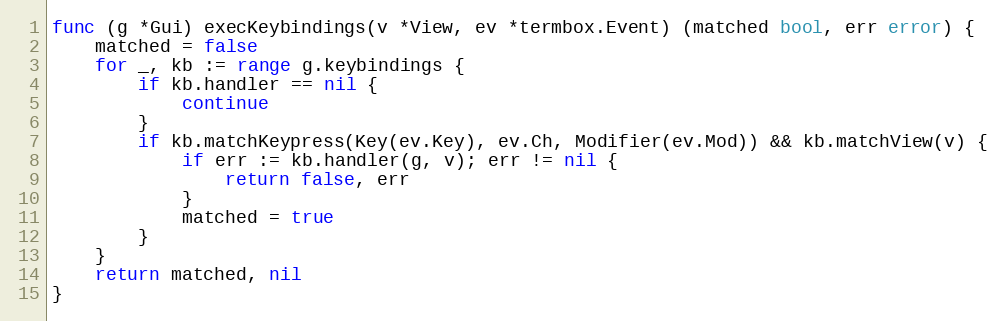
Language: Go
func (g *Gui) execKeybindings(v *View, ev *termbox.Event) (matched bool, err error) {
	matched = false
	for _, kb := range g.keybindings {
		if kb.handler == nil {
			continue
		}
		if kb.matchKeypress(Key(ev.Key), ev.Ch, Modifier(ev.Mod)) && kb.matchView(v) {
			if err := kb.handler(g, v); err != nil {
				return false, err
			}
			matched = true
		}
	}
	return matched, nil
}